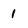
Character: 1